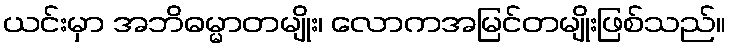
ယင်းမှာ အဘိဓမ္မာတမျိုး၊ လောကအမြင်တမျိုးဖြစ်သည်။